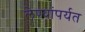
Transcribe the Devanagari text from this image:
लेण्यांपर्यत